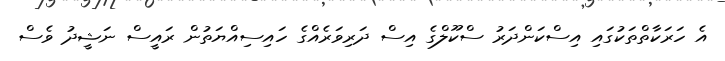
އެ ހަރަކާތްތަކުގައި އިސްކަންދަރު ސްކޫލްގެ އިސް ދަރިވަރެއްގެ ހައިސިއްޔަތުން ރައީސް ނަޝީދު ވެސް